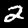
Digit: 2